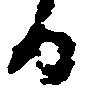
る